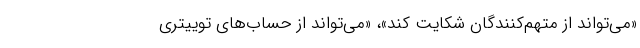
«می‌تواند از متهم‌کنندگان شکایت کند»، «می‌تواند از حساب‌های توییتری